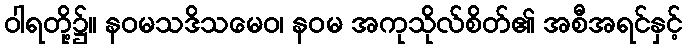
ဝါရတို့၌။ နဝမသဒိသမေဝ၊ နဝမ အကုသိုလ်စိတ်၏ အစီအရင်နှင့်